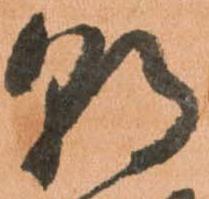
朝